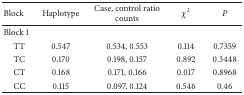
| Block | Haplotype | Case, control ratio counts | χ2 | P |
 | --- | --- | --- | --- | --- |
 | Block 1 |  |  |  |  |
 | TT | 0.547 | 0.534, 0.553 | 0.114 | 0.7359 |
 | TC | 0.170 | 0.198, 0.157 | 0.892 | 0.3448 |
 | CT | 0.168 | 0.171, 0.166 | 0.017 | 0.8968 |
 | CC | 0.115 | 0.097, 0.124 | 0.546 | 0.46 |